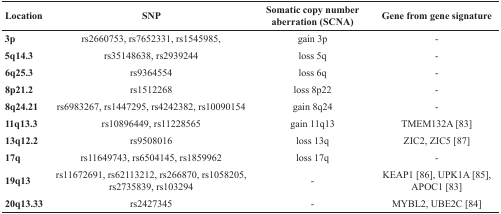
| Location | SNP | Somatic copy number aberration (SCNA) | Gene from gene signature |
 | --- | --- | --- | --- |
 | 3p | rs2660753, rs7652331, rs1545985, | gain 3p | - |
 | 5q14.3 | rs35148638, rs2939244 | loss 5q | - |
 | 6q25.3 | rs9364554 | loss 6q | - |
 | 8p21.2 | rs1512268 | loss 8p22 | - |
 | 8q24.21 | rs6983267, rs1447295, rs4242382, rs10090154 | gain 8q24 | - |
 | 11q13.3 | rs10896449, rs11228565 | gain 11q13 | TMEM132A [83] |
 | 13q12.2 | rs9508016 | loss 13q | ZIC2, ZIC5 [87] |
 | 17q | rs11649743, rs6504145, rs1859962 | loss 17q | - |
 | 19q13 | rs11672691, rs62113212, rs266870, rs1058205, rs2735839, rs103294 | - | KEAP1 [86], UPK1A [85], APOC1 [83] |
 | 20q13.33 | rs2427345 | - | MYBL2, UBE2C [84] |